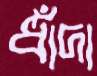
ধাঁদা